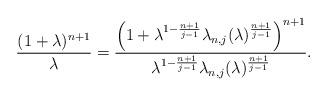
LaTeX: \begin{align*} \frac{(1+\lambda)^{n+1}}{\lambda}=\frac{\left(1+\lambda^{1-\frac{n+1}{j-1}}\lambda_{n,j}(\lambda)^{\frac{n+1}{j-1}}\right)^{n+1}}{\lambda^{1-\frac{n+1}{j-1}}\lambda_{n,j}(\lambda)^{\frac{n+1}{j-1}}}.\end{align*}